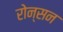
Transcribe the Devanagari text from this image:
रोन्सन